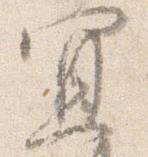
宜